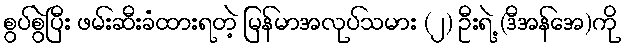
စွပ်စွဲပြီး ဖမ်းဆီးခံထားရတဲ့ မြန်မာအလုပ်သမား (၂) ဦးရဲ့ (ဒီအန်အေ)ကို